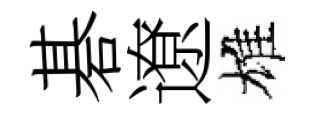
碁遼雄